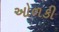
ઓળકી